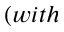
( w i t h